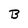
Character: B